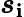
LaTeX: \boldsymbol{s}_{\mathbf{i}}